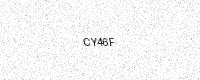
Text: CY46F